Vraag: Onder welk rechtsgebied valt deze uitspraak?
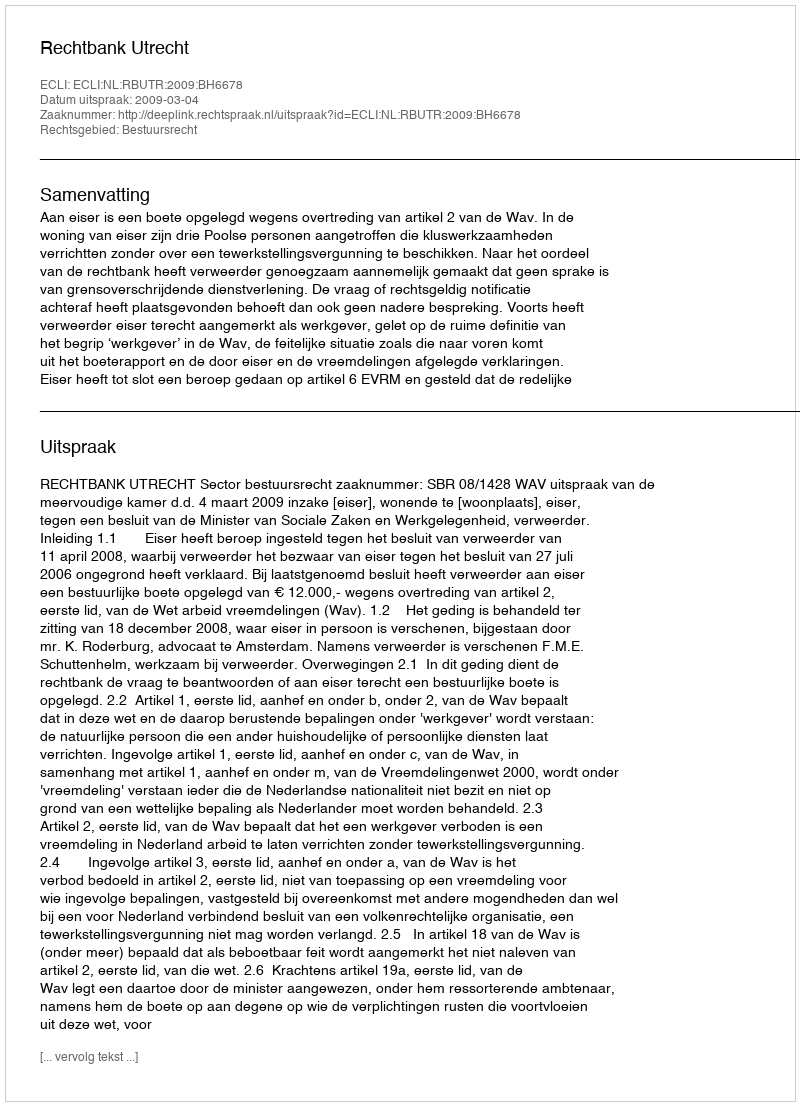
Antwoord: Bestuursrecht